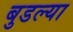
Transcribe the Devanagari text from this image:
बुडल्या